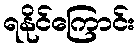
ရနိုင်ကြောင်း